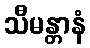
သီမန္တာနံ